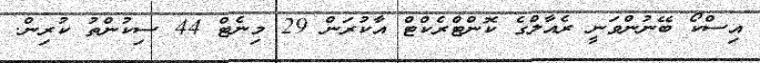
އިސްކޯ ބޭނުންވަނީ ރެއާލްގެ ކޮންޓްރެކްޓް އާކުރަން 29 މިނެޓް 44 ސިކުންތު ކުރިން.